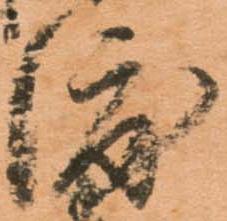
渡